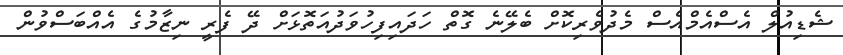
ޝެޑިއުލް އެސްއެމްއެސް މެދުވެރިކޮށް ބެލޭނެ ގޮތް ހަދައިފިހުވަދުއަތޮޅަށް ދޭ ފެރީ ނިޒާމުގެ އެއްބަސްވުން